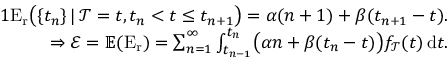
\begin{array} { r } { { 1 } \mathrm { E _ { r } } \big ( \{ t _ { n } \} \, \vert \, \mathcal { T } = t , t _ { n } < t \leq t _ { n + 1 } \big ) = \alpha ( n + 1 ) + \beta ( t _ { n + 1 } - t ) . } \\ { \Rightarrow \mathcal { E } = \mathbb { E } ( \mathrm { E } _ { \mathrm { r } } ) = \sum _ { n = 1 } ^ { \infty } \int _ { t _ { n - 1 } } ^ { t _ { n } } \! \big ( \alpha n + \beta ( t _ { n } - t ) \big ) f _ { \mathcal { T } } ( t ) \, \mathrm { d } t . } \end{array}